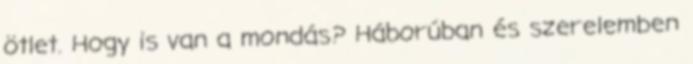
ötlet. Hogy is van a mondás? Háborúban és szerelemben